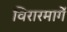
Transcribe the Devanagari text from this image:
विरारमार्गे